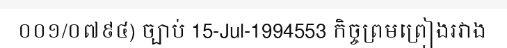
០០១/០៧៩៤) ច្បាប់ 15-Jul-1994553 កិច្ចព្រមព្រៀងរវាង